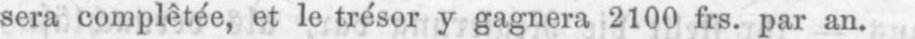
sera complêtée, et le trésor y gagnera 2100 frs. par an.